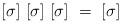
LaTeX: \begin{align*}[\sigma]~[\sigma]~[\sigma]~=~[\sigma]\end{align*}